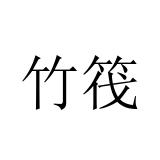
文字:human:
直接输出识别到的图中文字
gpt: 竹筏